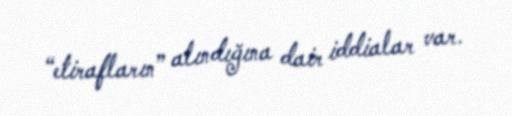
“etirafların” alındığına dair iddialar var.